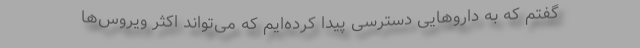
گفتم که به داروهایی دسترسی پیدا کرده‌ایم که می‌تواند اکثر ویروس‌ها